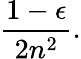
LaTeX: {\frac{1-\epsilon}{2n^{2}}}.